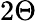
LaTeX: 2\Theta